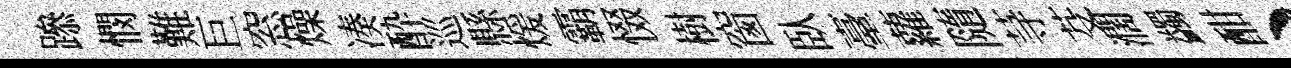
𨅶憫難巨窓燥凑酔巡縣煖霸惙樹窗臥臺蘿隨䒭芟濶蠲酣、